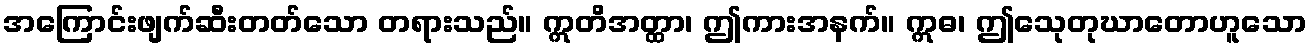
အကြောင်းဖျက်ဆီးတတ်သော တရားသည်။ ဣတိအတ္ထာ၊ ဤကားအနက်။ ဣဓ၊ ဤသေုတုဃာတောဟူသော